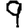
Digit: 9